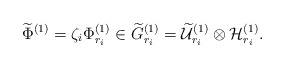
\begin{align*}\widetilde{\Phi}^{(1)}=\zeta_{i}\Phi^{(1)}_{r_{i}}\in \widetilde{G}^{(1)}_{r_{i}}=\widetilde{\cal U}^{(1)}_{r_{i}}\otimes{\cal H}^{(1)}_{r_{i}}.\end{align*}